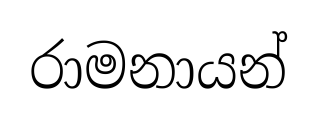
රාමනායන්